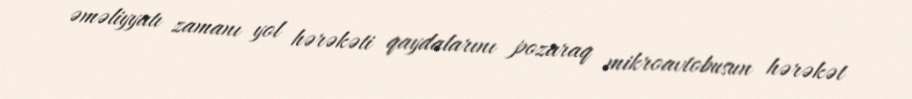
əməliyyatı zamanı yol hərəkəti qaydalarını pozaraq mikroavtobusun hərəkət